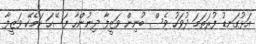
އަޅުގަނޑު ފުރަތަމަ ދުވަހު ވެސް ބުނިން ވަޒީފާ ދިނުންހާ ފަސޭހަ ކަމެކޭ ވަޒީފާ